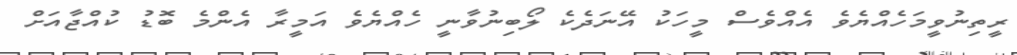
ރީތިނުވީމަހެއްޔެވެ އެއްވެސް މީހަކު އޭނަދެކެ ލޯބިނުވާނީ ހެއްޔެވެ އަމީރާ އެންމެ ބޮޑު ކުއްޖާއަށް